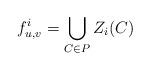
LaTeX: \begin{align*}f_{u,v}^{i} = \bigcup_{C \in P} Z_i(C)\end{align*}